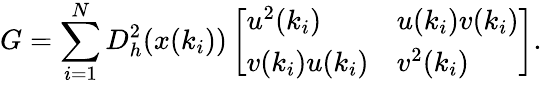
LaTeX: G=\sum_{i=1}^{N}D_{h}^{2}(x(k_{i}))\left[\begin{array}{ll}{u^{2}(k_{i})}&{u(k_{i})v(k_{i})}\\ {v(k_{i})u(k_{i})}&{v^{2}(k_{i})}\end{array}\right].